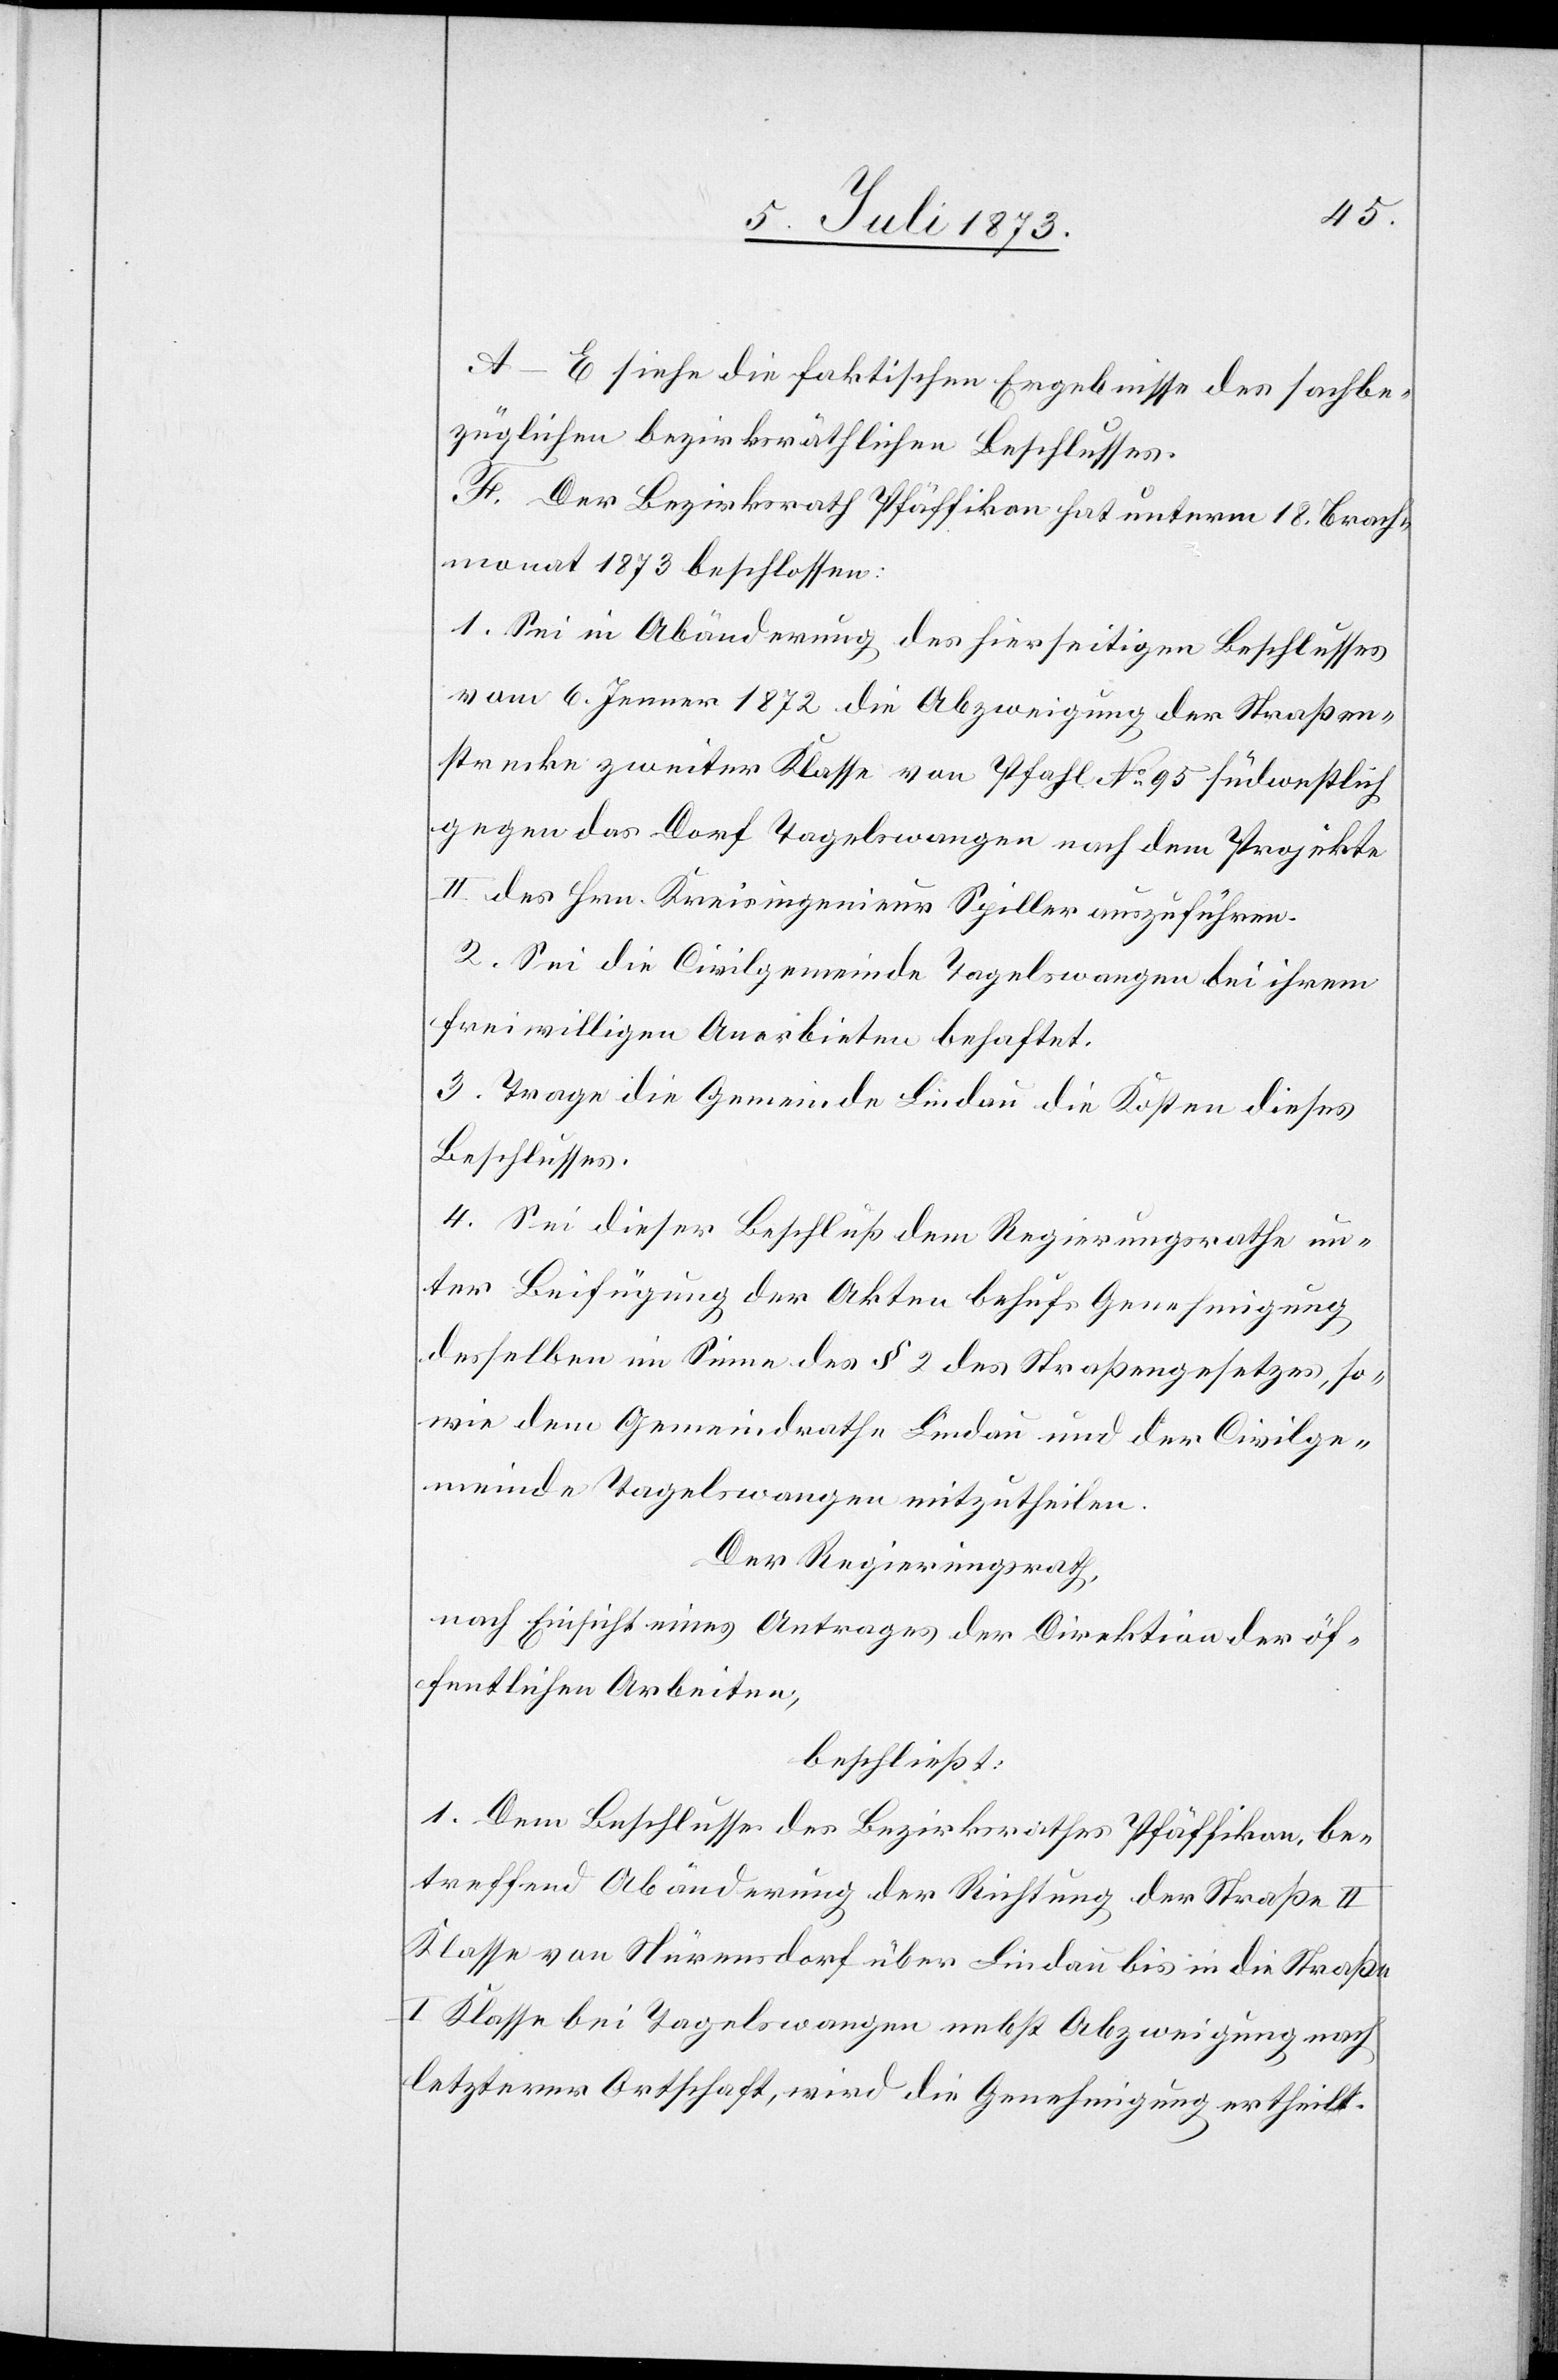
A–E siehe die faktischen Ergebnisse des sachbe¬
züglichen bezirksräthlichen Beschlusses.
F. Der Bezirksrath Pfäffikon hat unterm 18. Brach¬
monat 1873 beschlossen:
1. Sei in Abänderung des hierseitigen Beschlusses
vom 6. Jenner 1872 die Abzweigung der Straßen¬
strecke zweiter Klasse von Pfahl No 95 südwestlich
gegen das Dorf Tagelswangen nach dem Projekte
II des Hrn. Kreisingenieur Spiller auszuführen.
2. Sei die Civilgemeinde Tageswangen bei ihrem
freiwilligen Anerbieten behaftet.
3. Trage die Gemeinde Lindau die Kosten dieses
Beschlusses.
4. Sei dieser Beschluß dem Regierungsrathe un¬
ter Beifügung der Akten behufs Genehmigung
desselben im Sinne des § 2 des Straßengesetzes, so¬
wie dem Gemeindrathe Lindau und der Civilge¬
meinde Tagelswangen mitzutheilen.
Der Regierungsrath,
nach Einsicht eines Antrages der Direktion der öf¬
fentlichen Arbeiten,
beschließt:
1. Dem Beschlusse des Bezirksrathes Pfäffikon, be¬
treffend Abänderung der Richtung der Straße II
Klasse von Nürensdorf über Lindau bis in die Straße
I Klasse bei Tagelswangen nebst Abzweigung nach
letzterer Ortschaft, wird die Genehmigung ertheilt.